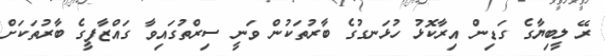
ރޭ ލީބިޔާގެ ގަޑިން އިރާކޮޅު ހުޅަނގުގެ ބާރުތަކުން ވަނީ ސިރްތުގައިވާ ގައްޒާފީގެ ބާރުތަކަށް